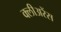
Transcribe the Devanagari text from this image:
क्लीअरेंस